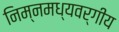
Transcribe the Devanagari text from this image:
निम्नमध्यवर्गीय